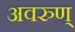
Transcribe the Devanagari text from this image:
अवरुण्